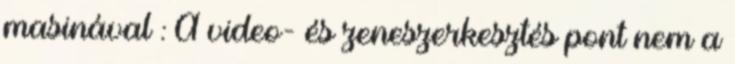
masinával : A video- és zeneszerkesztés pont nem a